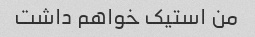
من استیک خواهم داشت